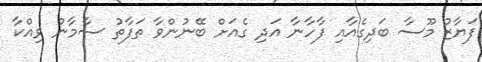
ފަޔާޒު މޫސާ ބަދިގެއާއި ފާހާނާ އަދި ގެއަށް ބޭނުންވާ ތަފާތު ސާމާނު ވިއްކާ